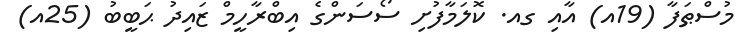
މުސްޠަފާ (19އ) އާއި ގއ. ކޮލަމާފުށި ސޯސަންގެ އިބްރާހީމް ޒައިދު ޙަބީބު (25އ)